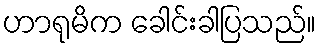
ဟာရုမိက ခေါင်းခါပြသည်။